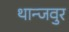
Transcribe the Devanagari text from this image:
थान्जवुर